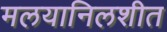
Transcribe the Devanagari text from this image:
मलयानिलशीत